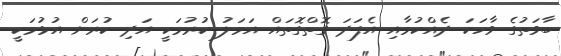
ބާވަތުގެ ވާހަކަ ދެއްކުމާއި އެފަދަ ގޮތްގޮތައް އަމަލު ކުރުމަކީ އަދި ކުރަން އުޅުމަކީ